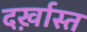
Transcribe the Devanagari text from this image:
दर्ख़ास्त